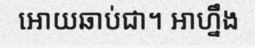
អោយឆាប់ជា។ អាហ្នឹង